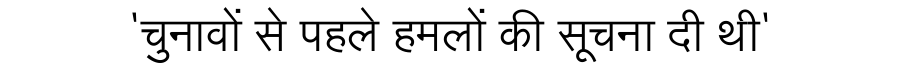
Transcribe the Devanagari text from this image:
'चुनावों से पहले हमलों की सूचना दी थी'